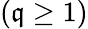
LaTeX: (\mathfrak{q}\ge1)